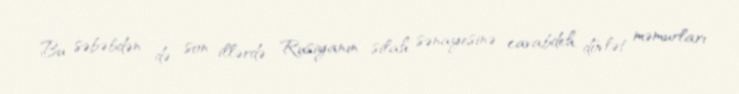
Bu səbəbdən də son illərdə Rusiyanın silah sənayesinə cavabdeh dövlət məmurları